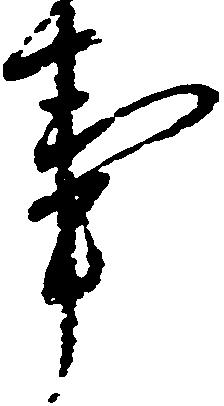
事